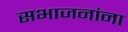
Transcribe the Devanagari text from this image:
सभाजनांना